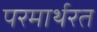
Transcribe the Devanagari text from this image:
परमार्थरत